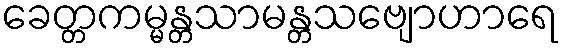
ခေတ္တကမ္မန္တသာမန္တသဗျောဟာရေ